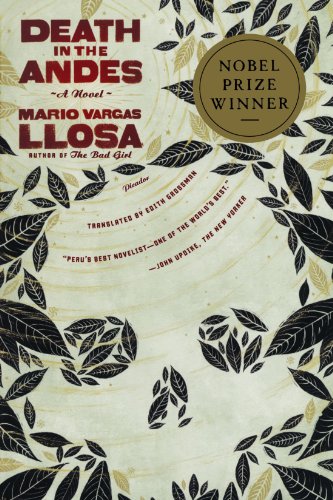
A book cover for Death in the Andes: A Novel; Mario Vargas Llosa; Literature & Fiction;